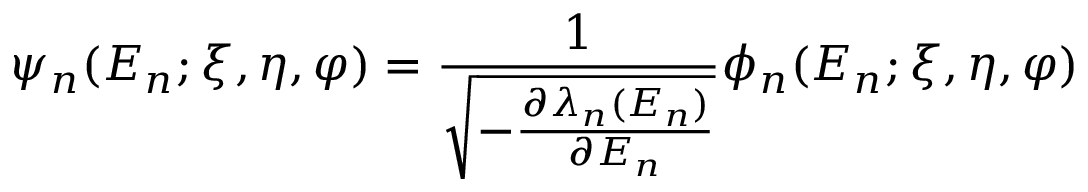
\psi _ { n } ( E _ { n } ; \xi , \eta , \varphi ) = \frac { 1 } { \sqrt { - \frac { \partial \lambda _ { n } ( E _ { n } ) } { \partial E _ { n } } } } \phi _ { n } ( E _ { n } ; \xi , \eta , \varphi )